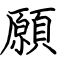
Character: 願